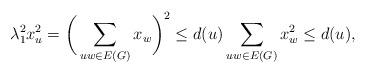
LaTeX: \begin{align*}\lambda_1^2 x_u^2 = \bigg(\sum_{uw\in E(G)} x_w\bigg)^2 \leq d(u) \sum_{uw\in E(G)} x_w^2 \leq d(u),\end{align*}